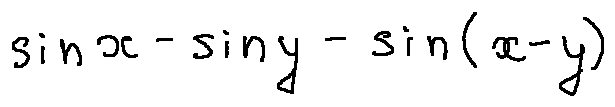
\sin x - \sin y - \sin ( x - y )